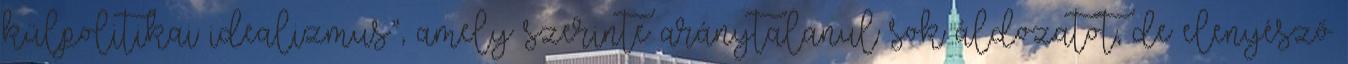
külpolitikai idealizmus”, amely szerinte aránytalanul sok áldozatot, de elenyésző